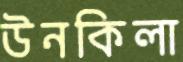
উনকিলা